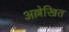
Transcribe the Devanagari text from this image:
अल्लेखित